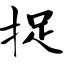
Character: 捉